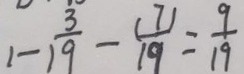
1 - \frac { 3 } { 9 } - \frac { ( 7 ) } { 1 9 } = \frac { 9 } { 1 9 }